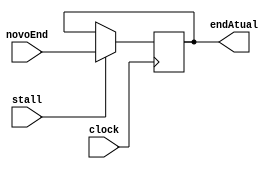
module pc (
    input clock, input stall,
    input wire[15:0] novoEnd,
    output reg[15:0] endAtual
);

initial begin
    endAtual = 16'b00000000;
end

always@(negedge clock)
    if (stall == 1) begin
        endAtual = novoEnd;    
    end
endmodule